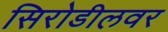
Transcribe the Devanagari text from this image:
सिरोडीलवर